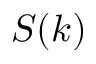
S ( k )